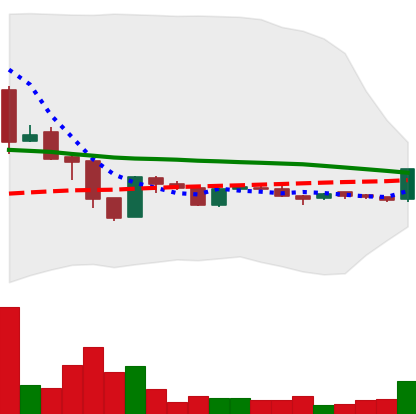
Ticker: LTC-USD
Chart end date: 2015-11-25
Forward return: 8.276%
Label: up_7plus